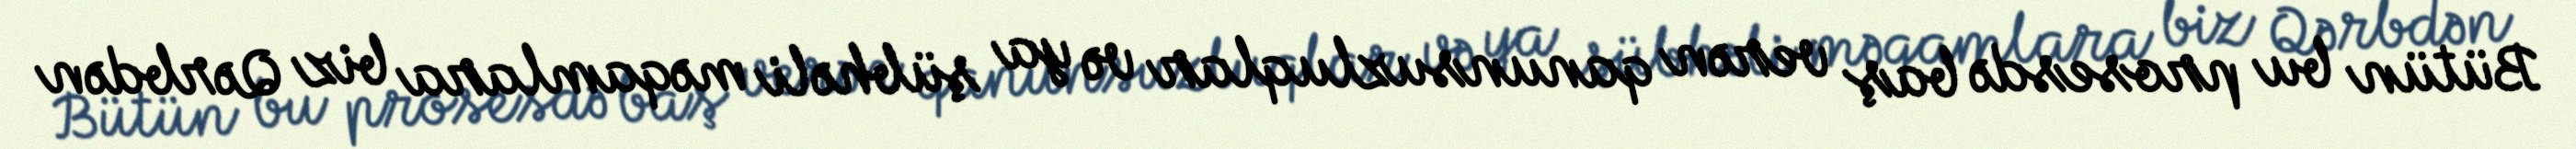
Bütün bu prosesdə baş verən qanunsuzluqlar və ya şübhəli məqamlara biz Qərbdən